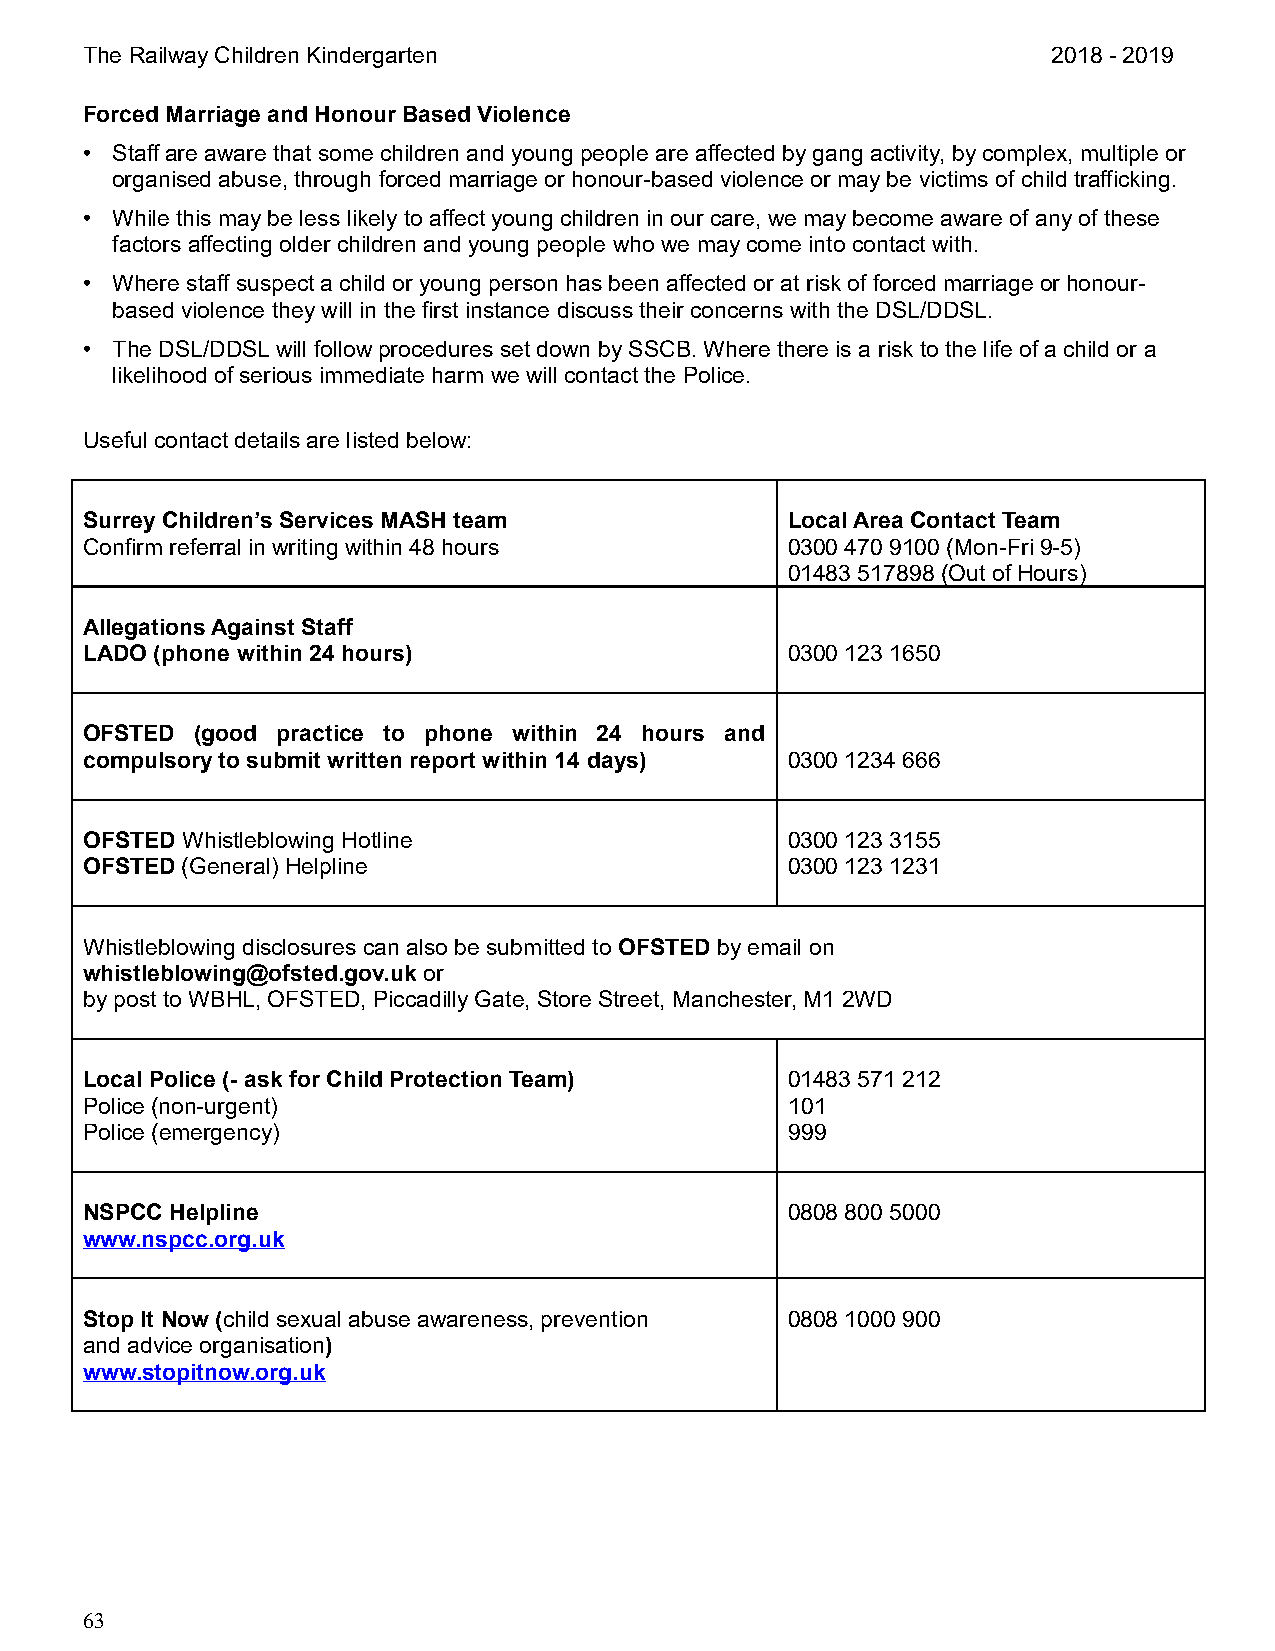
The Railway Children Kindergarten                                2018 - 2019
 Forced Marriage and Honour Based Violence
 • Staff are aware that some children and young people are affected by gang activity, by complex, multiple or
 organised abuse, through forced marriage or honour-based violence or may be victims of child trafficking.
 • While this may be less likely to affect young children in our care, we may become aware of any of these
 factors affecting older children and young people who we may come into contact with.
 • Where staff suspect a child or young person has been affected or at risk of forced marriage or honour-
 based violence they will in the first instance discuss their concerns with the DSL/DDSL.
 • The DSL/DDSL will follow procedures set down by SSCB. Where there is a risk to the life of a child or a
 likelihood of serious immediate harm we will contact the Police.
 Useful contact details are listed below:
 Surrey Children’s Services MASH team           Local Area Contact Team
 Confirm referral in writing within 48 hours    0300 470 9100 (Mon-Fri 9-5)
 01483 517898 (Out of Hours)
 Allegations Against Staff
 LADO (phone within 24 hours)                   0300 123 1650
 OFSTED  (good practice to phone within 24 hours and
 compulsory to submit written report within 14 days) 0300 1234 666
 OFSTED Whistleblowing Hotline                  0300 123 3155
 OFSTED (General) Helpline                      0300 123 1231
 Whistleblowing disclosures can also be submitted to OFSTED by email on
 whistleblowing@ofsted.gov.uk or
 by post to WBHL, OFSTED, Piccadilly Gate, Store Street, Manchester, M1 2WD
 Local Police (- ask for Child Protection Team) 01483 571 212
 Police (non-urgent)                            101
 Police (emergency)                             999
 NSPCC Helpline                                 0808 800 5000
 www.nspcc.org.uk
 Stop It Now (child sexual abuse awareness, prevention 0808 1000 900
 and advice organisation)
 www.stopitnow.org.uk
 63